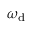
\omega _ { \mathrm { d } }